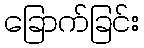
ခြောက်ခြင်း